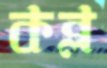
কব্‌ল